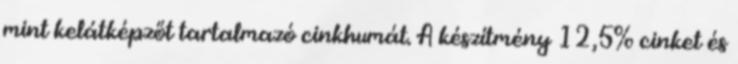
mint kelátképzőt tartalmazó cinkhumát. A készítmény 12,5% cinket és